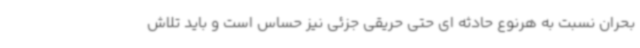
بحران نسبت به هرنوع حادثه ای حتی حریقی جزئی نیز حساس است و باید تلاش